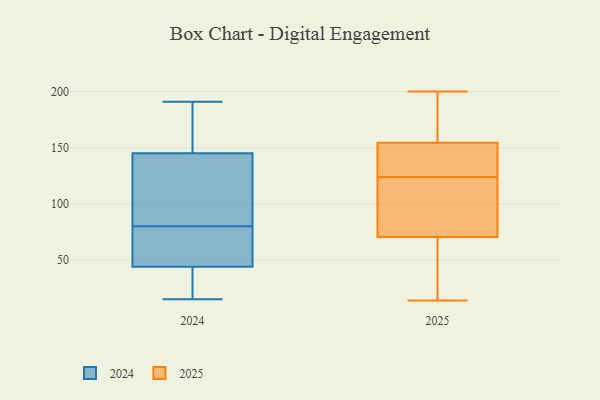
{"axis": {"x": "Website Visitors", "y": "Value"}, "legend": ["2024", "2025"], "data": [{"x": "", "y": 62, "type": "2025"}, {"x": "", "y": 134, "type": "2025"}, {"x": "", "y": 14, "type": "2025"}, {"x": "", "y": 114, "type": "2025"}, {"x": "", "y": 197, "type": "2025"}, {"x": "", "y": 200, "type": "2025"}, {"x": "", "y": 100, "type": "2025"}, {"x": "", "y": 40, "type": "2025"}, {"x": "", "y": 133, "type": "2025"}, {"x": "", "y": 116, "type": "2025"}, {"x": "", "y": 155, "type": "2025"}, {"x": "", "y": 79, "type": "2025"}, {"x": "", "y": 154, "type": "2025"}, {"x": "", "y": 132, "type": "2025"}, {"x": "", "y": 39, "type": "2025"}, {"x": "", "y": 139, "type": "2025"}, {"x": "", "y": 80, "type": "2025"}, {"x": "", "y": 167, "type": "2025"}, {"x": "", "y": 29, "type": "2025"}, {"x": "", "y": 172, "type": "2025"}, {"x": "", "y": 73, "type": "2024"}, {"x": "", "y": 156, "type": "2024"}, {"x": "", "y": 134, "type": "2024"}, {"x": "", "y": 28, "type": "2024"}, {"x": "", "y": 65, "type": "2024"}, {"x": "", "y": 169, "type": "2024"}, {"x": "", "y": 112, "type": "2024"}, {"x": "", "y": 158, "type": "2024"}, {"x": "", "y": 61, "type": "2024"}, {"x": "", "y": 191, "type": "2024"}, {"x": "", "y": 15, "type": "2024"}, {"x": "", "y": 20, "type": "2024"}, {"x": "", "y": 87, "type": "2024"}, {"x": "", "y": 46, "type": "2024"}, {"x": "", "y": 127, "type": "2024"}, {"x": "", "y": 42, "type": "2024"}]}